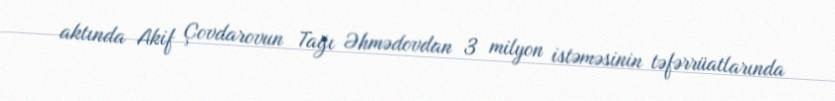
aktında Akif Çovdarovun Tağı Əhmədovdan 3 milyon istəməsinin təfərrüatlarında